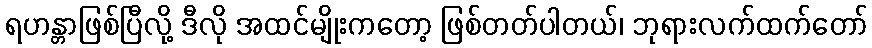
ရဟန္တာဖြစ်ပြီလို့ ဒီလို အထင်မျိုးကတော့ ဖြစ်တတ်ပါတယ်၊ ဘုရားလက်ထက်တော်